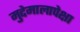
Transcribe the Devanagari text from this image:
मुद्देमालापेक्षा